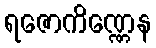
ရဇောကိဏ္ဏေန